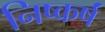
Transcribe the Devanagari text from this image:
निष्कर्षं